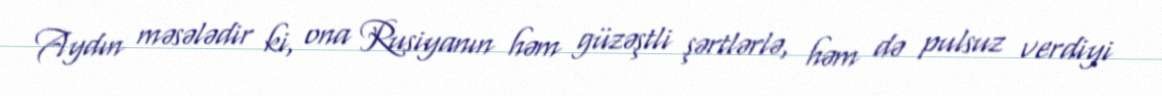
Aydın məsələdir ki, ona Rusiyanın həm güzəştli şərtlərlə, həm də pulsuz verdiyi